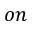
o n